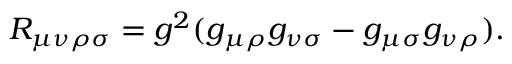
R _ { \mu \nu \rho \sigma } = g ^ { 2 } ( g _ { \mu \rho } g _ { \nu \sigma } - g _ { \mu \sigma } g _ { \nu \rho } ) .